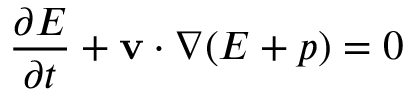
{ \frac { \partial E } { \partial t } } + { \bf { v } } \cdot \nabla ( E + p ) = 0